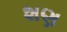
શણ